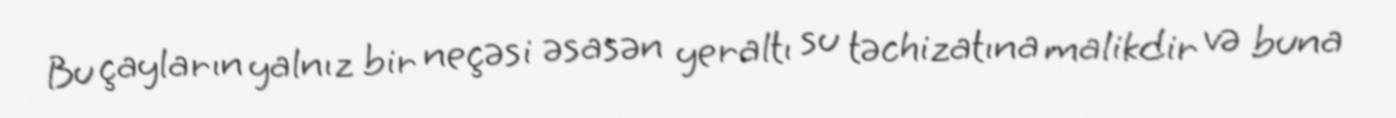
Bu çayların yalnız bir neçəsi əsasən yeraltı su təchizatına malikdir və buna